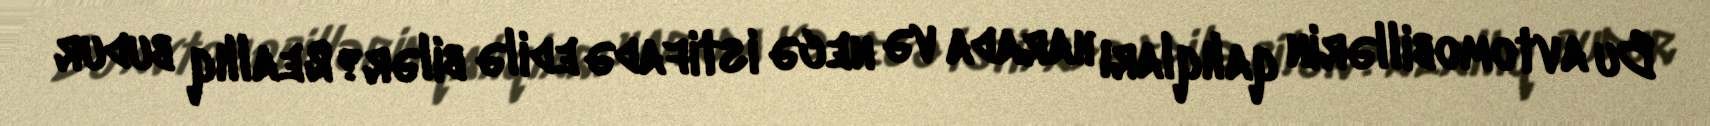
Bu avtomobillərin qalıqları harada və necə istifadə edilə bilər?Reallıq budur